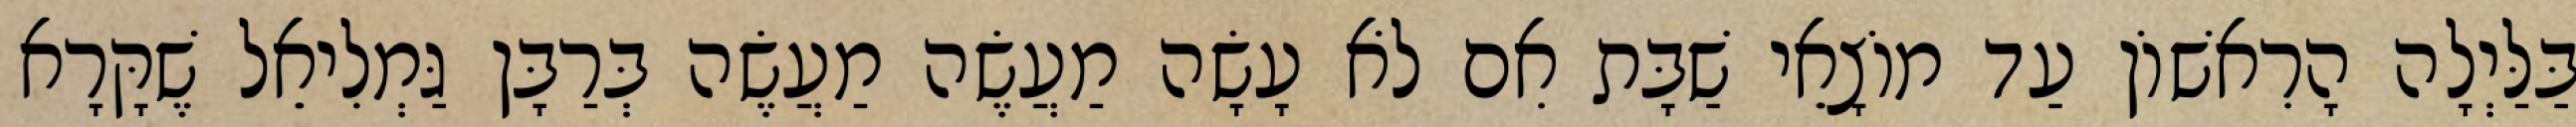
בַּלַּיְלָה הָרִאשׁוֹן עַד מוֹצָאֵי שַׁבָּת אִם לֹא עָשָׂה מַעֲשֶׂה מַעֲשֶׂה בְּרַבָּן גַּמְלִיאֵל שֶׁקָּרָא